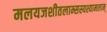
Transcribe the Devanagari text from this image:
मलयजशीतलाम्सस्यश्यामलाम्